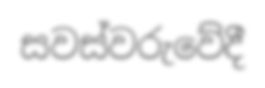
සවස්වරුවේදී